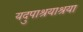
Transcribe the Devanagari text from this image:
यदुपाश्रयाश्रया